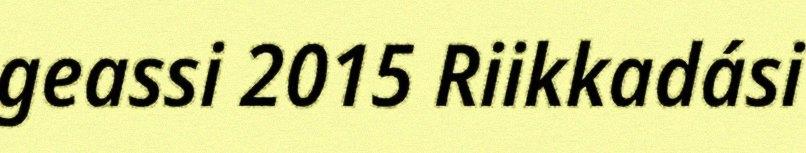
geassi 2015 Riikkadási